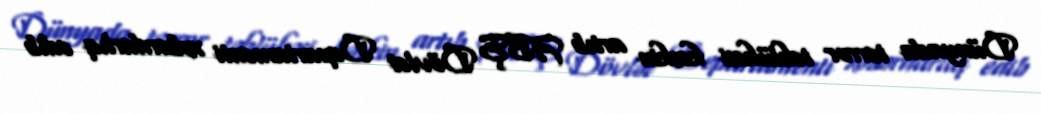
Dünyada terror təhlükəsi kəskin artıb ABŞ Dövlət Departamenti xəbərdarlıq edib